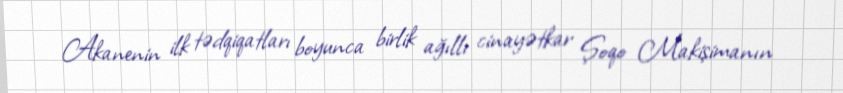
Akanenin ilk tədqiqatları boyunca birlik ağıllı cinayətkar Şoqo Makişimanın